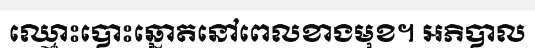
ឈ្មោះបោះឆ្នោតនៅពេលខាងមុខ។ អភិបាល